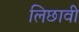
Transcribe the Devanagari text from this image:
लिछावी